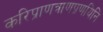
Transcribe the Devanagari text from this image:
करिप्राणत्राणप्रणयिनि